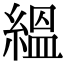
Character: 縕